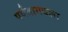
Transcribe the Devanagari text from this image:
पर्वतामधला